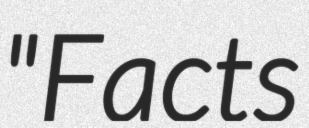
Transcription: "Facts